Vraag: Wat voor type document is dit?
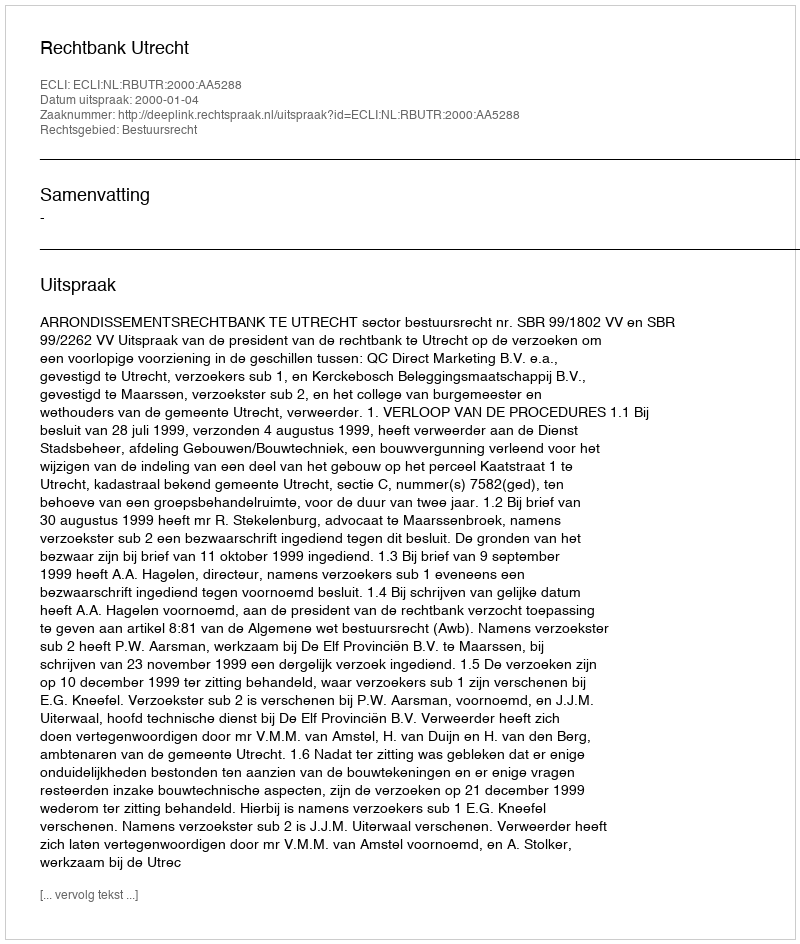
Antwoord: Uitspraak